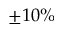
\pm 1 0 \%